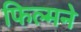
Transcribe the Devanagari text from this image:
फिल्मने